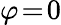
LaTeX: \varphi\! =\! 0